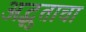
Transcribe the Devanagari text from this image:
अद्भुताचा